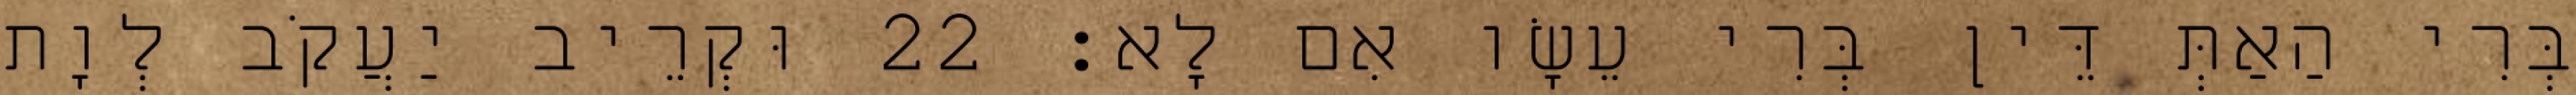
בְּרִי הַאַתְּ דֵּין בְּרִי עֵשָׂו אִם לָא׃ 22 וּקְרֵיב יַעֲקֹב לְוָת